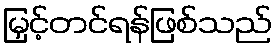
မြှင့်တင်ရန်ဖြစ်သည်